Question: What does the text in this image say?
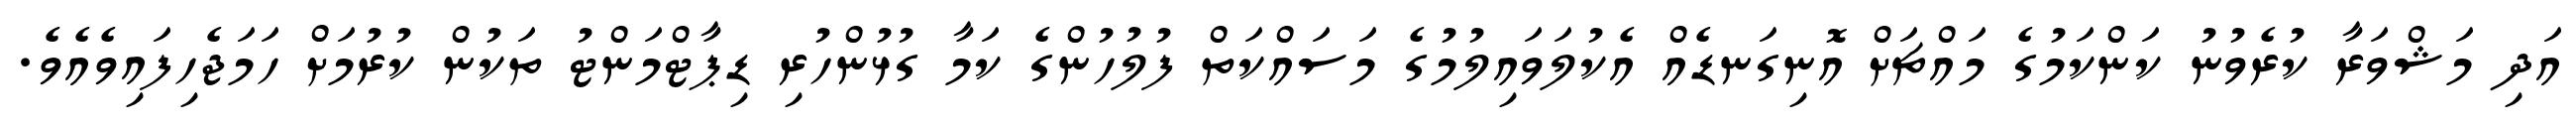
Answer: އަދި މަޝްވަރާ ކުރެވުނު ކަންކަމުގެ މައްޗަށް އޮނިގަނޑެއް އެކުލަވައިލުމުގެ މަސައްކަތް ފުލުހުންގެ ކަމާ ގުޅުންހުރި ޑިޕާޓްމަންޓު ތަކުން ކުރުމަށް ހަމަޖެހިފައިވެއެވެ.